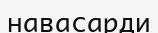
навасарди